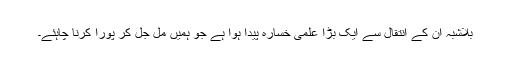
بلاشبہ ان کے انتقال سے ایک بڑا علمی خسارہ پیدا ہوا ہے جو ہمیں مل جل کر پورا کرنا چاہئے۔